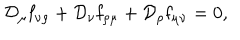
{ \cal D } _ { \mu } { \bf f } _ { \nu \rho } + { \cal D } _ { \nu } { \bf f } _ { \rho \mu } + { \cal D } _ { \rho } { \bf f } _ { \mu \nu } = 0 ,